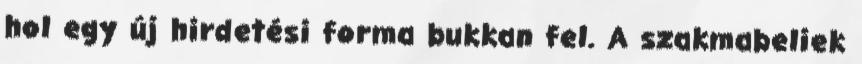
hol egy új hirdetési forma bukkan fel. A szakmabeliek